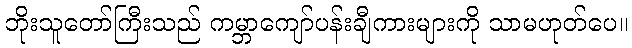
ဘိုးသူတော်ကြီးသည် ကမ္ဘာကျော်ပန်းချီကားများကို သာမဟုတ်ပေ။